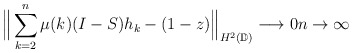
\begin{align*}\Big\| \sum\limits_{k=2}^{n} \mu(k)(I-S)h_k - (1-z) \Big\|_{H^2(\mathbb{D})} \longrightarrow 0 n \to \infty\end{align*}